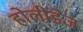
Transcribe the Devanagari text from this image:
होलीडेज